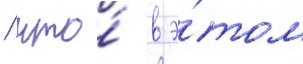
/ что́ в э́том